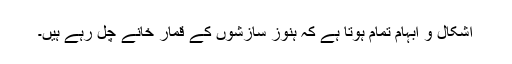
اشکال و ابہام تمام ہوتا ہے کہ ہنوز سازشوں کے قمار خانے چل رہے ہیں۔